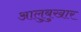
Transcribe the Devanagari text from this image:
आलुबुखार